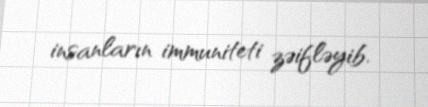
insanların immuniteti zəifləyib.